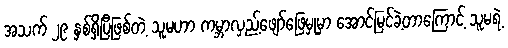
အသက် ၂၉ နှစ်ရှိပြီဖြစ်တဲ့ သူမဟာ ကမ္ဘာလှည့်ဖျော်ဖြေမှုမှာ အောင်မြင်ခဲ့တာကြောင့် သူမရဲ့